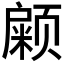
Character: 𱂹